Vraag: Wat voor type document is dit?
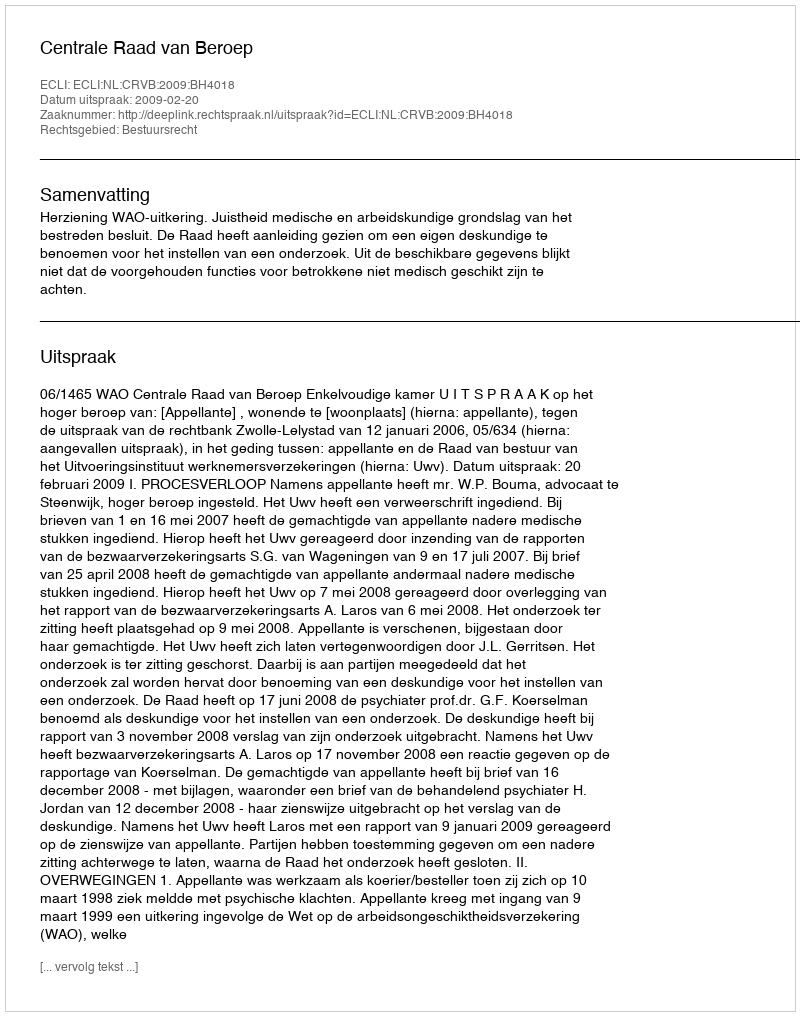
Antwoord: Uitspraak